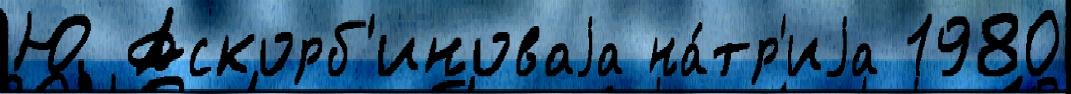
Ю Аскорб'иноваjа на́тр'иjа 1980